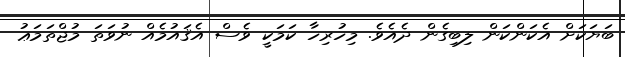
ބަޔަކަށް އެކަންކަން ލިބިގެން ދެއެވެ. މިހުރިހާ ކަމަކީ ވެސް އެޤައުމެއް ނުވަތަ މުޖްތަމަޢު